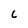
Character: C